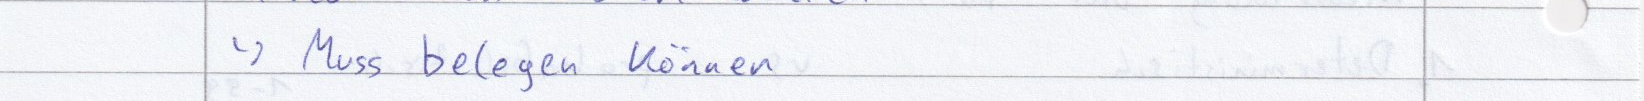
-> Muss belegen können